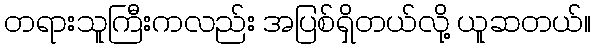
တရားသူကြီးကလည်း အပြစ်ရှိတယ်လို့ ယူဆတယ်။